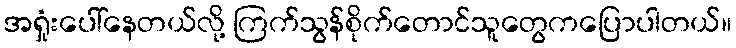
အရှုံးပေါ်နေတယ်လို့ ကြက်သွန်စိုက်တောင်သူတွေကပြောပါတယ်။